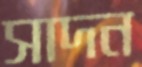
সাদন